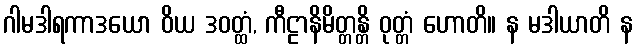
ဂါမဒါရကာဒယော ဝိယ ဒဝတ္ထံ, ကီဠာနိမိတ္တန္တိ ဝုတ္တံ ဟောတိ။ န မဒါယာတိ န